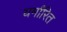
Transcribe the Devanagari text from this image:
धर्मांरित